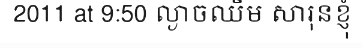
2011 at 9:50 ល្ងាចឈឹម សារុនខ្ញុំ